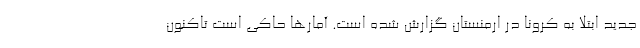
جدید ابتلا به کرونا در ارمنستان گزارش شده است. آمارها حاکی است تاکنون